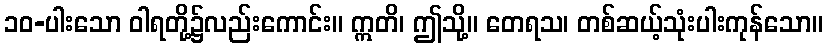
၁၀-ပါးသော ဝါရတို့၌လည်းကောင်း။ ဣတိ၊ ဤသို့။ တေရသ၊ တစ်ဆယ့်သုံးပါးကုန်သော။